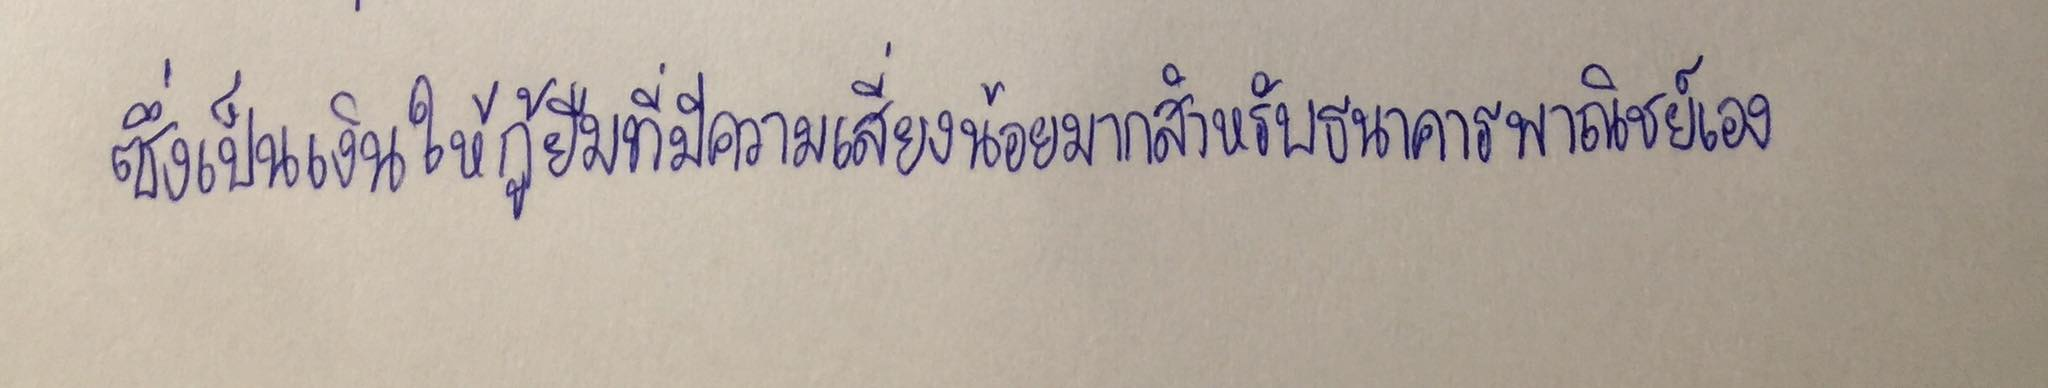
ซึ่งเป็นเงินให้กู้ยืมที่มีความเสี่ยงน้อยมากสำหรับธนาคารพาณิชย์เอง